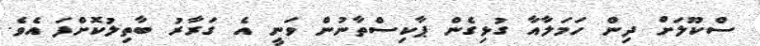
ސްކޫލަށް ދިން ހަމަލާއާ ގުޅިގެން ޕާކިސްތާނުން ވަނީ އެ ގަރާރު ބާތިލުކޮށްފަ އެވެ.